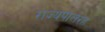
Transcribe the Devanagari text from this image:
राज्यपालरह